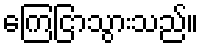
ကြေငြာသွားသည်။